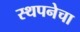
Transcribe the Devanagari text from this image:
स्थपनेचा